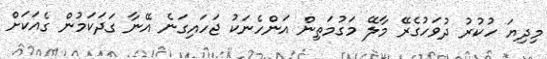
މިދިޔަ ހުކުރު ދުވަހުގެރޭ މާލޭ މަގުމަތިން އަންހެނަކު ޖަހައިގަނެ އޭނާ ގަދަކަމުން ގެއަކަށް